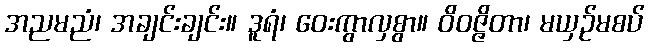
အညမညံ၊ အချင်းချင်း။ ဒူရံ၊ ဝေးကွာလှစွာ။ ဝိဝဇ္ဇိတာ၊ မယှဉ်မစပ်